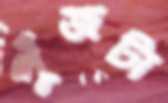
পুঁজটা